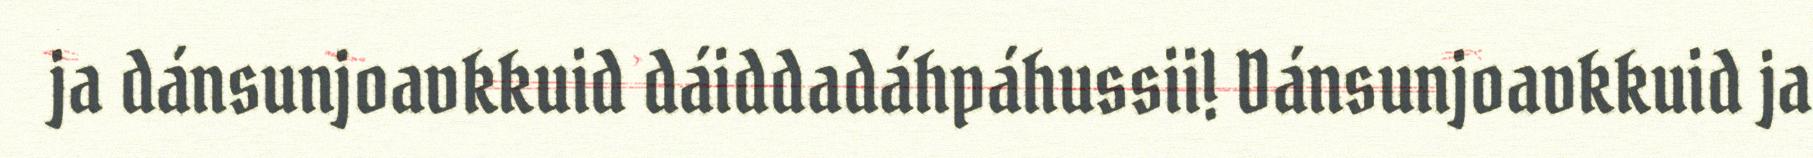
ja dánsunjoavkkuid dáiddadáhpáhussii! Dánsunjoavkkuid ja